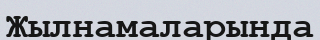
Жылнамаларында